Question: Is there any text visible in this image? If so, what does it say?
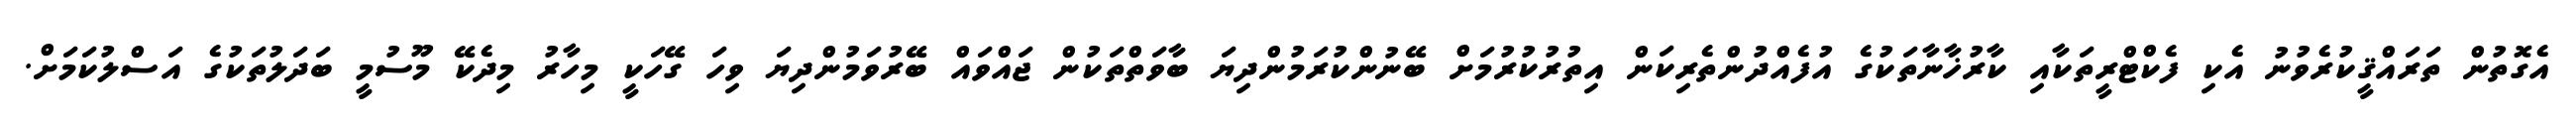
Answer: އެގޮތުން ތަރައްޤީކުރެވުނު އެކި ފެކްޓްރީތަކާއި ކާރުޚާނާތަކުގެ އުފެއްދުންތެރިކަން އިތުރުކުރުމަށް ބޭނުންކުރަމުންދިޔަ ބާވަތްތަކުން ޖައްވައް ބޭރުވަމުންދިޔަ ވިހަ ގޭހަކީ މިހާރު މިދެކޭ މޫސުމީ ބަދަލުތަކުގެ އަސްލުކަމަށް.